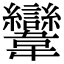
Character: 𩏹